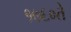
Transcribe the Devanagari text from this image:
१७६०ते